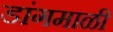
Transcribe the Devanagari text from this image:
डांगमाळी